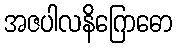
အဇပါလနိဂြောဓော